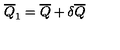
\overline { { Q } } _ { 1 } = \overline { { Q } } + \delta \overline { { Q } }